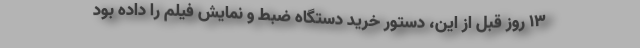
۱۳ روز قبل از این، دستور خرید دستگاه ضبط و نمایش فیلم را داده بود